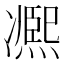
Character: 凞